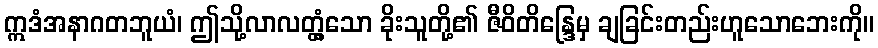
ဣဒံအနာဂတဘူယံ၊ ဤသို့လာလတ္တံ့သော ခိုးသူတို့၏ ဇီဝိတိန္ဒြေမှ ချခြင်းတည်းဟူသောဘေးကို။